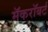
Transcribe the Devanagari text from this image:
मॅकरॉबर्ट